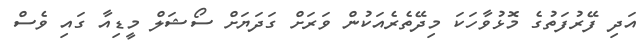
އަދި ފޭރުފަތުގެ މޮޅުވާހަކަ މިދޭތެރެއަކުން ވަރަށް ގަދަޔަށް ސޯޝަލް މީޑިއާ ގައި ވެސް